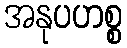
အနုပဟစ္စ